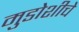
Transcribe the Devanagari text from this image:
मुडोशीचे